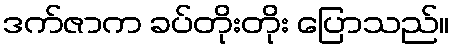
ဒက်ဇာက ခပ်တိုးတိုး ပြောသည်။